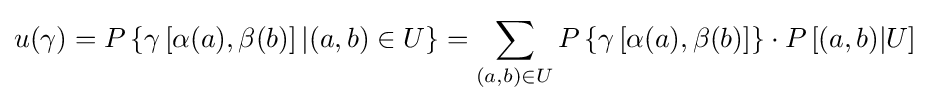
u(\gamma )=P\left\{\gamma \left[\alpha (a),\beta (b)\right]|(a,b)\in U\right\}=\sum _{(a,b)\in U}P\left\{\gamma \left[\alpha (a),\beta (b)\right]\right\}\cdot P\left[(a,b)|U\right]